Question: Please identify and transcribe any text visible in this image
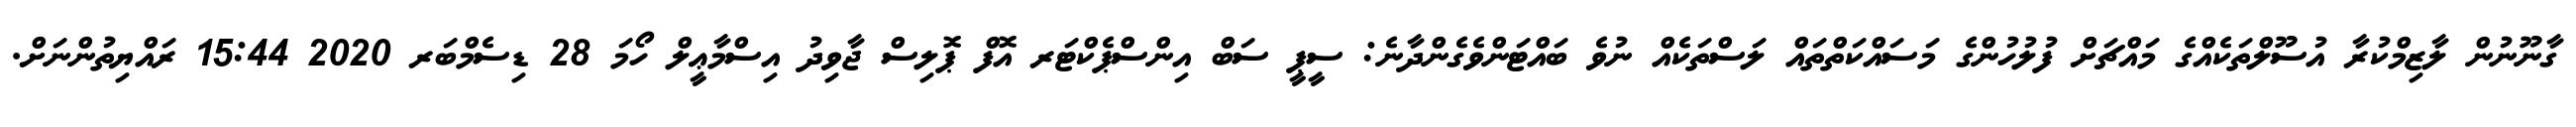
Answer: ގާނޫނުން ލާޒިމްކުރާ އުސޫލްތަކެއްގެ މައްޗަށް ފުލުހުންގެ މަސައްކަތްތައް ލަސްތަކެއް ނުވެ ބައްޓަންވެގެންދާނެ: ސީޕީ ސަބް އިންސްޕެކްޓަރ އޮފް ޕޮލިސް ޖާވިދު އިސްމާޢީލް ހޯމަ 28 ޑިސެމްބަރ 2020 15:44 ރައްޔިތުންނަށް.